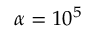
\alpha = 1 0 ^ { 5 }